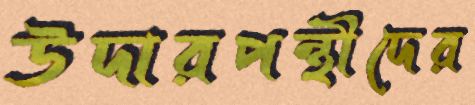
উদারপন্থীদের